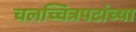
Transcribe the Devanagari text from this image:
चलच्चित्रपटांच्या